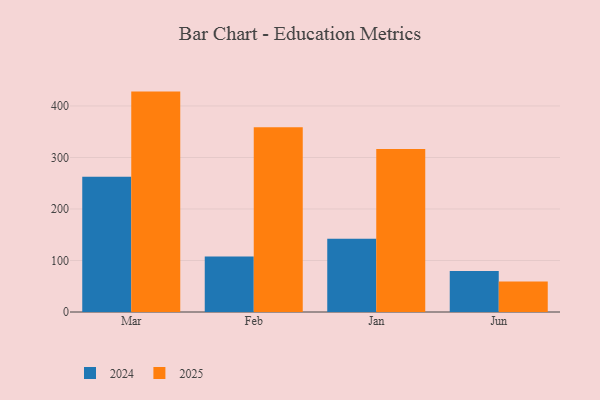
{"axis": {"x": "Month", "y": "Temperature (°C)"}, "legend": ["2024", "2025"], "data": [{"x": "Mar", "y": 262.5, "type": "2024"}, {"x": "Mar", "y": 427.9, "type": "2025"}, {"x": "Feb", "y": 107.8, "type": "2024"}, {"x": "Feb", "y": 358.8, "type": "2025"}, {"x": "Jan", "y": 142.2, "type": "2024"}, {"x": "Jan", "y": 316.3, "type": "2025"}, {"x": "Jun", "y": 79.7, "type": "2024"}, {"x": "Jun", "y": 59.1, "type": "2025"}]}